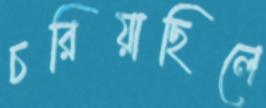
চরিয়াছিলে